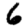
Digit: 6